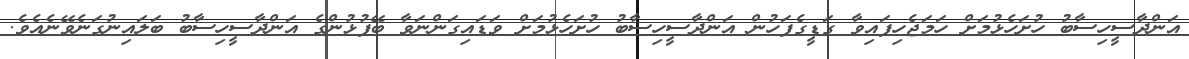
އަންދާސީހިސާބު ހުށަހެޅުމަށް ހަމަޖެހިފައިވާ ގަޑީގެފަހުން އަންދާސީހިސާބު ހުށަހެޅުމަށް ވަޑައިގަންނަވާ ބޭފުޅުންގެ އަންދާސީހިސާބު ބަލައިނުގަނެވޭނެއެވެ.